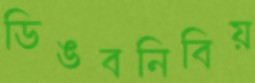
ডিঙবনিবিয়